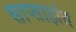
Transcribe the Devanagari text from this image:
साप्ताहांत